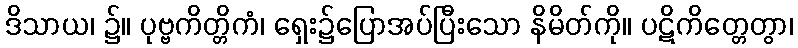
ဒိသာယ၊ ၌။ ပုဗ္ဗကိတ္တိကံ၊ ရှေး၌ပြောအပ်ပြီးသော နိမိတ်ကို။ ပဋိကိတ္တေတွာ၊